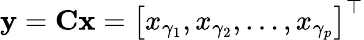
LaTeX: \mathbf{y}=\mathbf{Cx}=\left[x_{\gamma_{1}},x_{\gamma_{2}},\ldots,x_{\gamma_{p}}\right]^{\top}